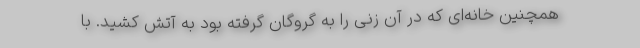
همچنین خانه‌ای که در آن زنی را به گروگان گرفته بود به آتش کشید. با